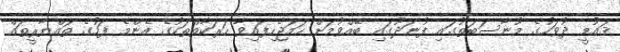
ޤައުމީ ދުވަހުގެ މުނާސަބަތުގައި ފުނަދޫގައި ބޭއްވުމަށް ހަމަޖެހިފައިވާ ހަރަކާތްތަކުގެ އެންމެ ފަހުގެ ތައްޔާރީތައް